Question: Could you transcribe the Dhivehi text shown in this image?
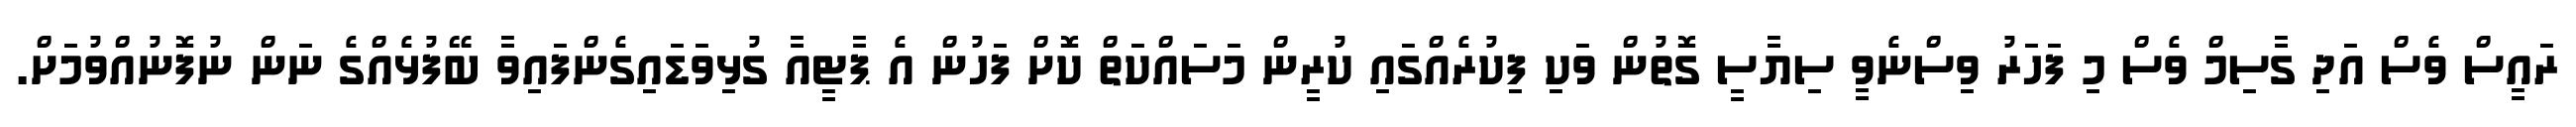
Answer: ރައީސް ވެސް އަދި ގާސިމް ވެސް މި ފަހަރު ވިސްނެވީ ސިޔާސީ ގޮތުން ވަކި ފިކުރެއްގައި ކުރީން މަސައްކަތް ކޮށް ފަހުން އެ ޕާޓީއާ ގުޅިވަޑައިގެންފައިވާ ބޭފުޅެއްގެ ނަން ނުފޮނުއްވުމަށް.